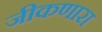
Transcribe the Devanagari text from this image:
जीकणारा